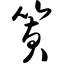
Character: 簧